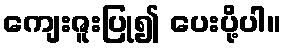
ကျေးဇူးပြု၍ ပေးပို့ပါ။